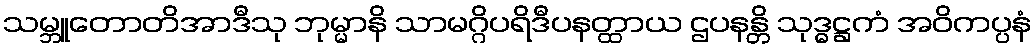
သမ္ဘူတောတိအာဒီသု ဘုမ္မာနိ သာမဂ္ဂိပရိဒီပနတ္ထာယ ဌပနန္တိ သုဒ္ဓဋ္ဌကံ အဝိကပ္ပနံ